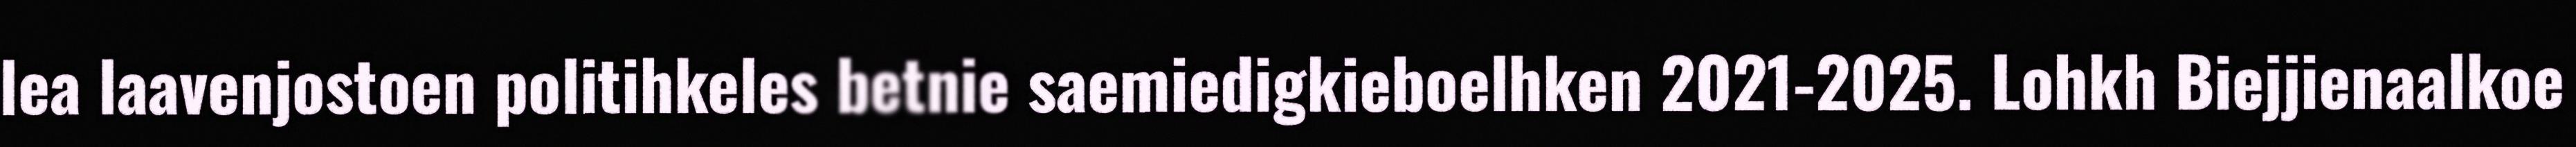
lea laavenjostoen politihkeles betnie saemiedigkieboelhken 2021-2025. Lohkh Biejjienaalkoe